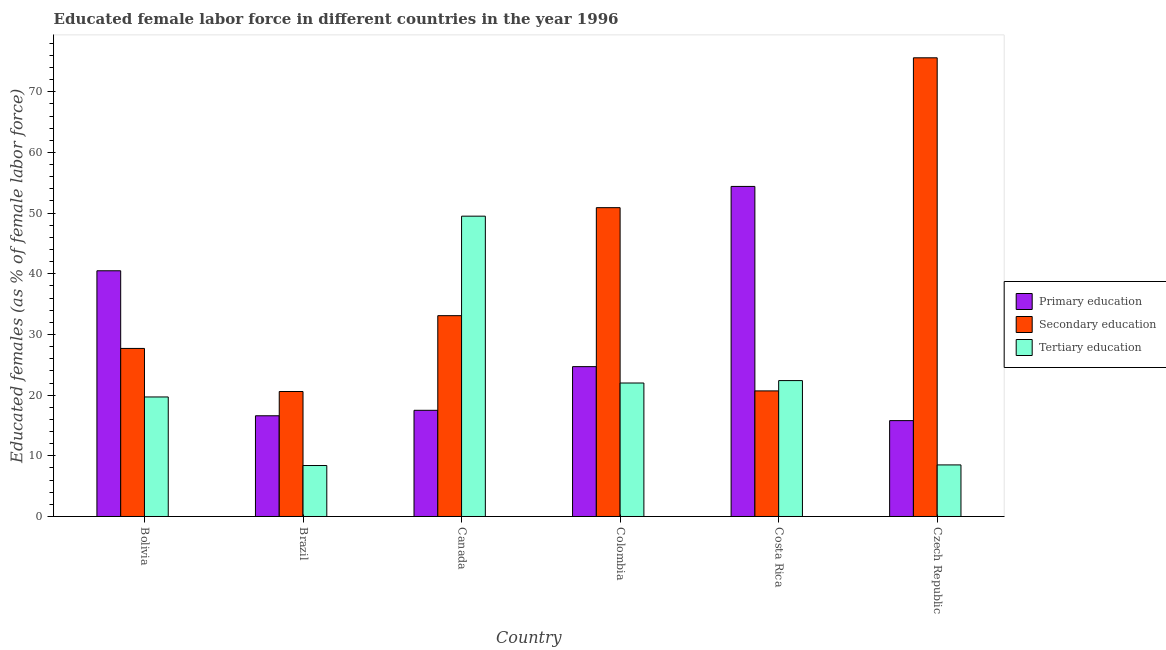
| Country | Primary education | Secondary education | Tertiary education |
 | --- | --- | --- | --- |
 | Bolivia | 40.5 | 27.7 | 19.7 |
 | Brazil | 16.6 | 20.6 | 8.4 |
 | Canada | 17.5 | 33.1 | 49.5 |
 | Colombia | 24.7 | 50.9 | 22 |
 | Costa Rica | 54.4 | 20.7 | 22.4 |
 | Czech Republic | 15.8 | 75.6 | 8.5 |